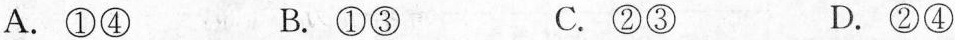
A. ①④ B. ①③ C. ②③ D.②④